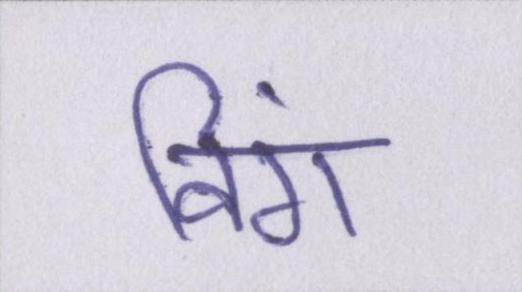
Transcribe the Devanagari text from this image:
विंग